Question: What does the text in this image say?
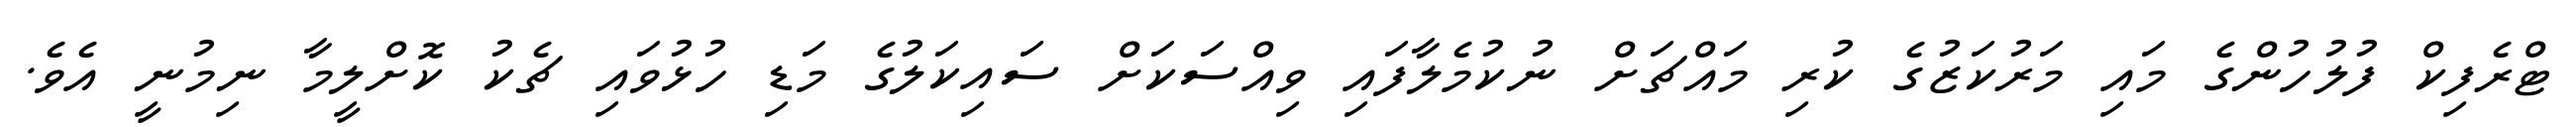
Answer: ޓްރެފިކް ފުލުހުންގެ މައި މަރުކަޒުގެ ކުރި މައްޗަށް ނުކުމެލާފައި ވިއްސަކަށް ސައިކަލުގެ މަޑި ހުޅުވައި ޗެކު ކޮށްލީމާ ނިމުނީ އެވެ.